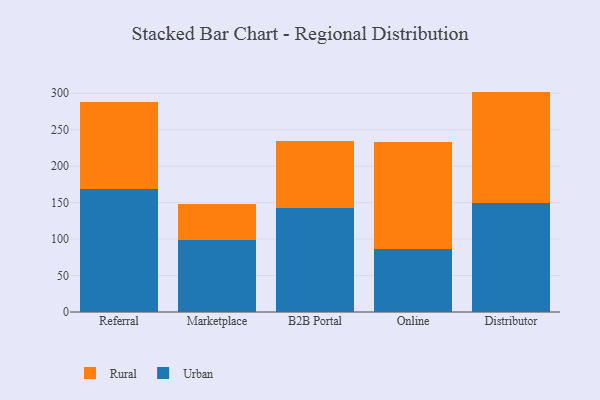
{"axis": {"x": "Channel", "y": "Conversion Rate (%)"}, "legend": ["Rural", "Urban"], "data": [{"x": "Referral", "y": 168.2, "type": "Urban"}, {"x": "Referral", "y": 119.7, "type": "Rural"}, {"x": "Marketplace", "y": 99.2, "type": "Urban"}, {"x": "Marketplace", "y": 49.5, "type": "Rural"}, {"x": "B2B Portal", "y": 142.1, "type": "Urban"}, {"x": "B2B Portal", "y": 92.4, "type": "Rural"}, {"x": "Online", "y": 86.4, "type": "Urban"}, {"x": "Online", "y": 147.3, "type": "Rural"}, {"x": "Distributor", "y": 149.0, "type": "Urban"}, {"x": "Distributor", "y": 153.3, "type": "Rural"}]}